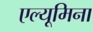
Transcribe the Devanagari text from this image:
एल्यूमिना